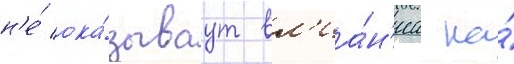
н'е́ ока́зываут вл'иа́н'иа на́